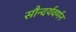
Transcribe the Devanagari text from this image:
सौन्दर्यवर्णन